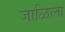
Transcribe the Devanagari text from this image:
जाळिला